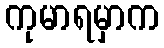
ကုမာရမှာက